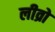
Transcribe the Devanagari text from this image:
लीव्रो